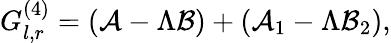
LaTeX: {G}_{l,r}^{(4)}=(\mathcal{A}-\Lambda\mathcal{B})+(\mathcal{A}_{1}-\Lambda\mathcal{B}_{2}),